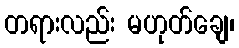
တရားလည်း မဟုတ်ချေ၊